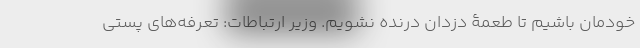
خودمان باشیم تا طعمۀ دزدان درنده نشویم. وزیر ارتباطات: تعرفه‌های پستی